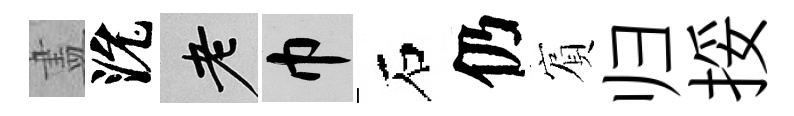
𥁞沇老巾石仍賔归挼